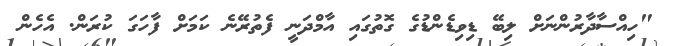
"ހިއްސާދާރުންނަށް ލިބޭ ޑިވިޑެންޑުގެ ގޮތުގައި އާމްދަނީ ފެތުރޭނެ ކަމަށް ފާހަގަ ކުރަން. އެހެން